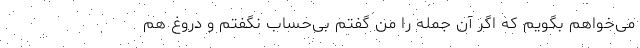
می‌خواهم بگویم که اگر آن جمله را من گفتم بی‌حساب نگفتم و دروغ هم